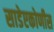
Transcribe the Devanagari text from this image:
साडेएकोणीस